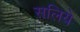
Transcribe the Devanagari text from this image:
सलिये